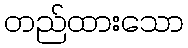
တည်ထားသော